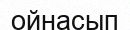
ойнасып